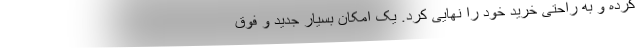
کرده و به راحتی خرید خود را نهایی کرد. یک امکان بسیار جدید و فوق